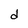
Character: d